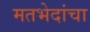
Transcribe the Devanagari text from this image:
मतभेदांचा